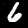
Label: 6